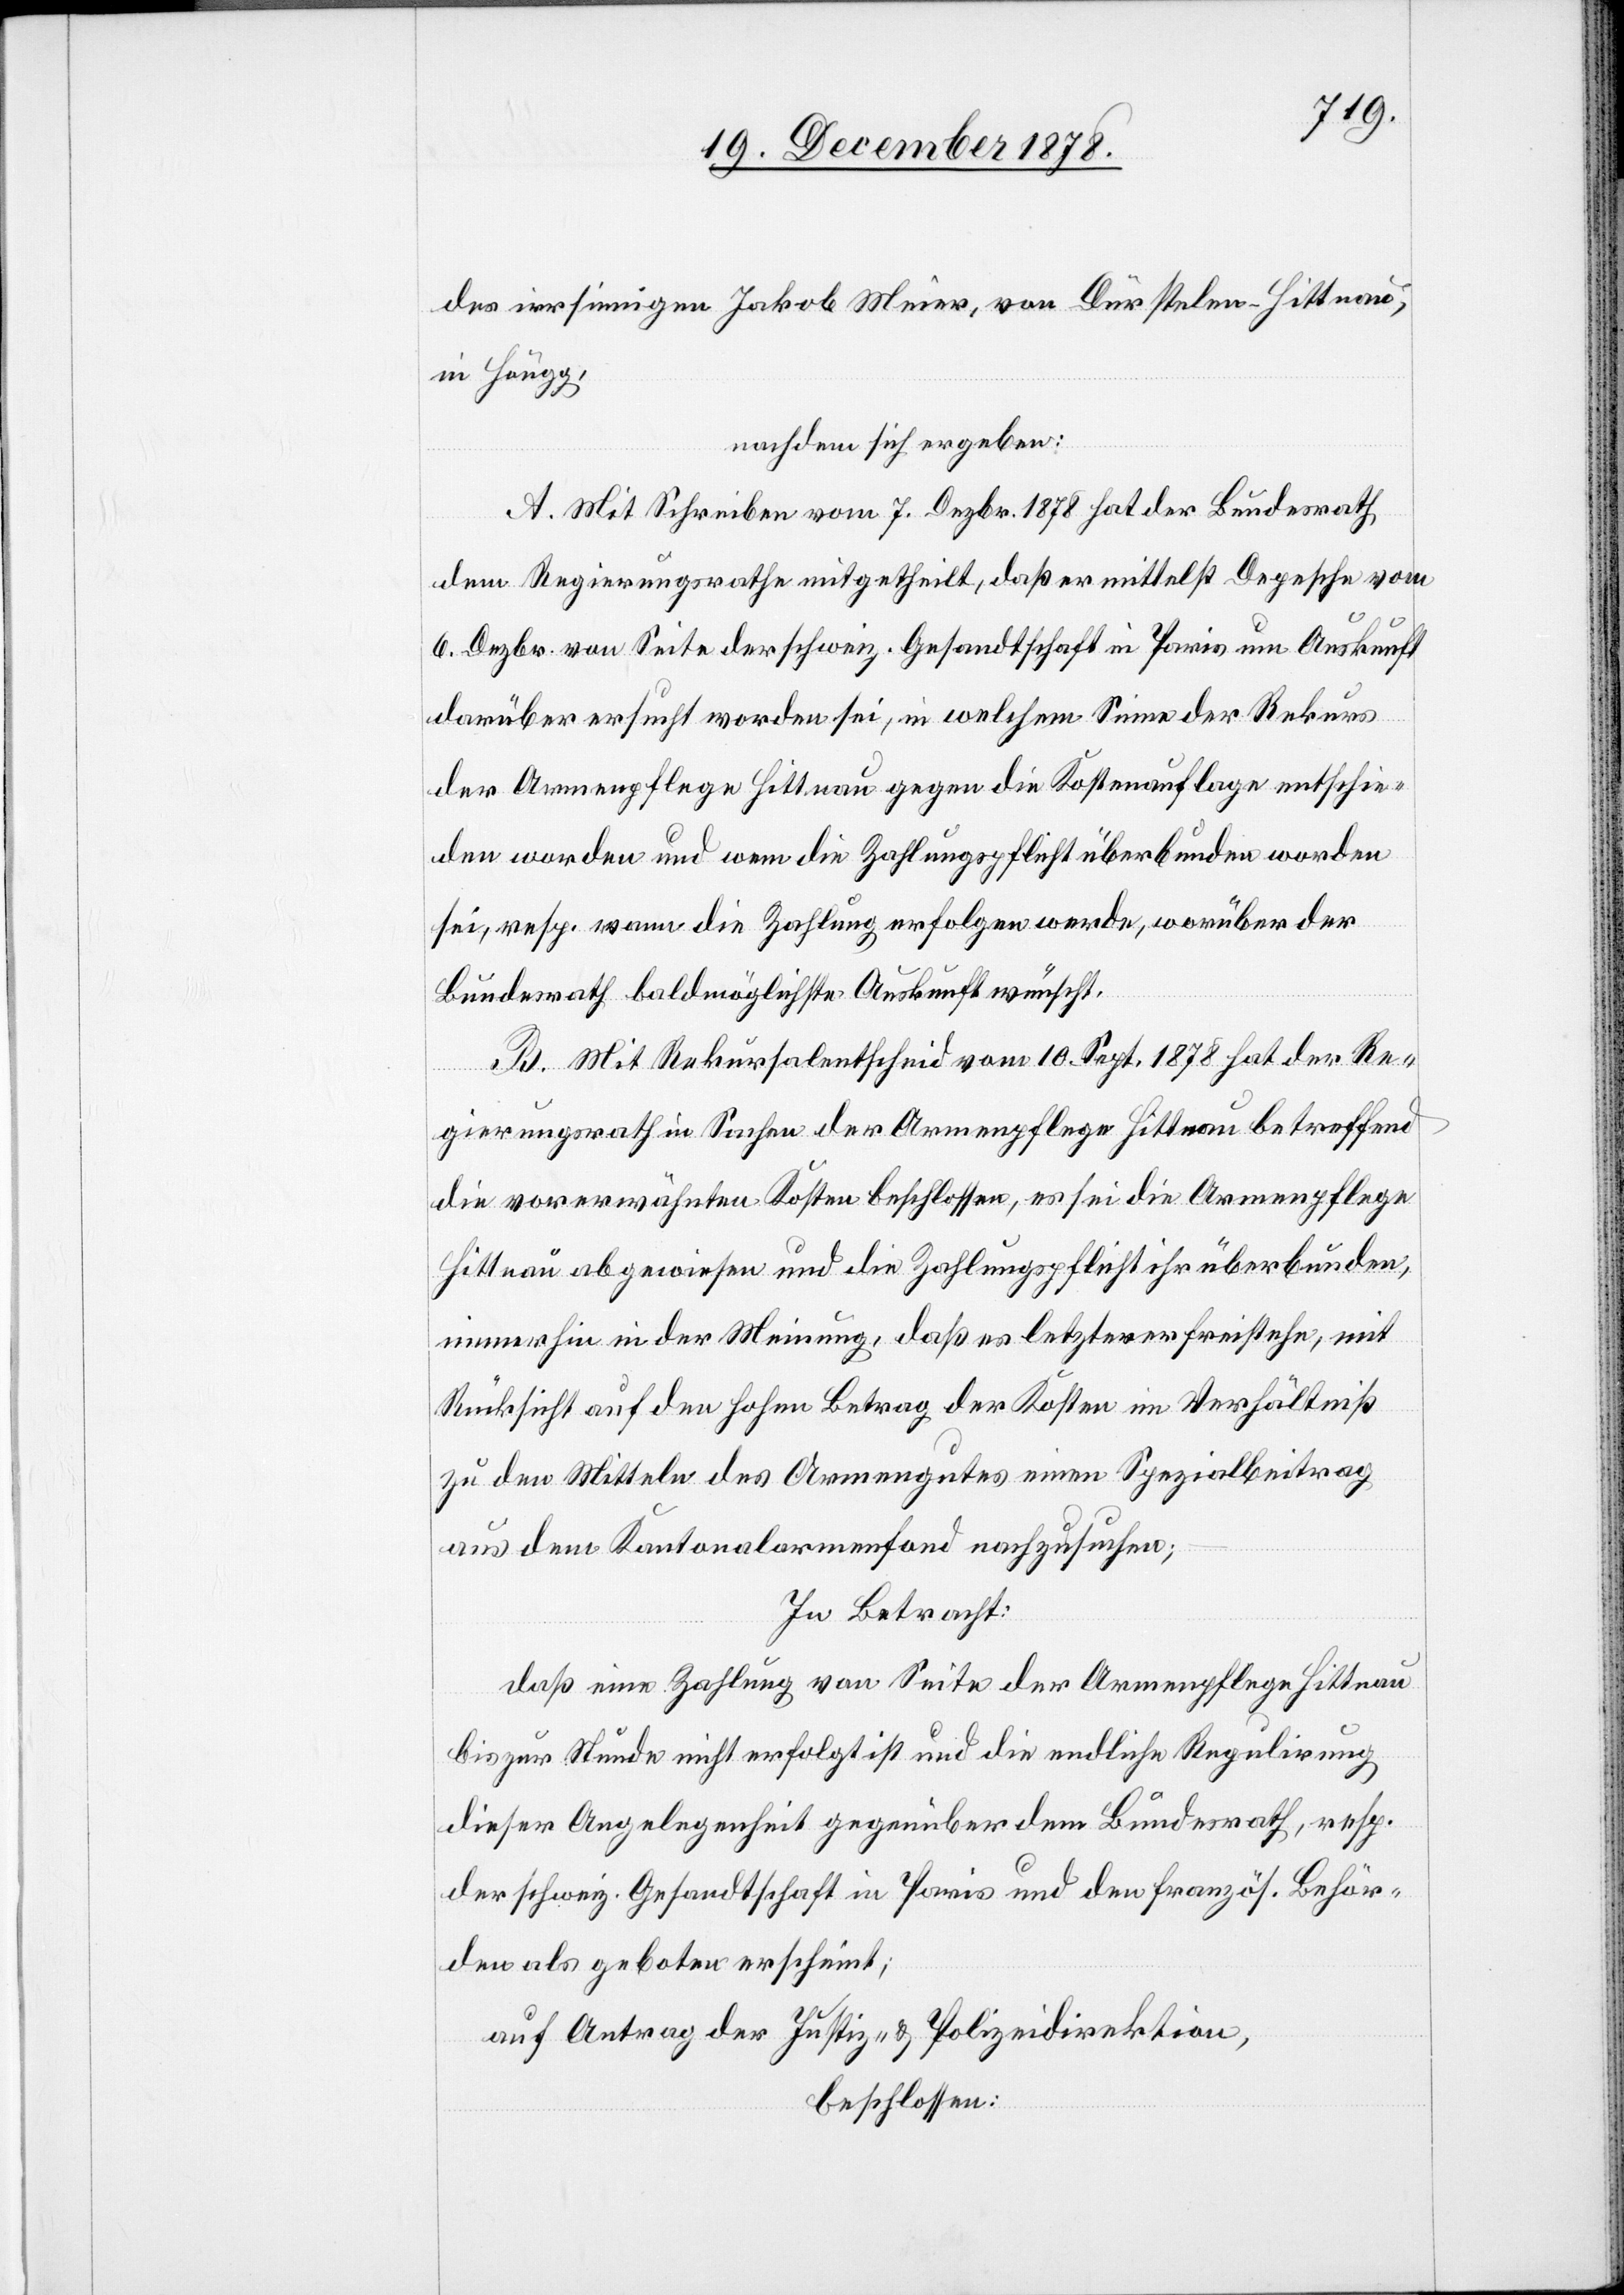
des irrsinnigen Jakob Meier, von Dürstelen - Hittnau,
in Höngg,
nachdem sich ergeben:
A. Mit Schreiben vom 7. Dezbr. 1878 hat der Bundesrath
dem Regierungsrathe mitgetheilt, daß er mittelst Depesche vom
6. Dezbr. von Seite der schweiz. Gesandtschaft in Paris um Auskunft
darüber ersucht worden sei, in welchem Sinne der Rekurs
der Armenpflege Hittnau gegen die Kostenauflage entschie¬
den worden und wenn die Zahlungspflicht überbunden worden
sei, resp. wann die Zahlung erfolgen werde, worüber der
Bundesrath baldmöglichste Auskunft wünscht.
B. Mit Rekursalentscheid vom 10. Sept. 1878 hat der Re¬
gierungsrath in Sachen der Armenpflege Hittnau betreffend
die vorerwähnten Kosten beschlossen, es sei die Armenpflege
Hittnau abgewiesen und die Zahlungspflicht ihr überbunden,
immerhin in der Meinung, daß es letzterer freistehe, mit
Rücksicht auf den hohen Betrag der Kosten im Verhältniß
zu den Mitteln des Armengutes einen Spezialbeitrag
aus dem Kantonalarmenfond nachzusuchen;
In Betracht:
daß eine Zahlung von Seite der Armenpflege Hittnau
bis zur Stunde nicht erfolgt ist und die endliche Regulirung
dieser Angelegenheit gegenüber dem Bundesrath, resp.
der schweiz. Gesandtschaft in Paris und den französ. Behör¬
den als geboten erscheint;
Justiz- & Polizeidirektion,
auf Antrag der
beschlossen: